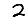
Digit: 2